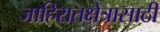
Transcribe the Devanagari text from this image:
जाहिरातक्षेत्रासाठी